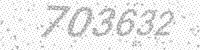
Solution: 703632